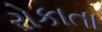
રોકાતા